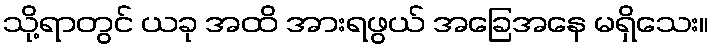
သို့ရာတွင် ယခု အထိ အားရဖွယ် အခြေအနေ မရှိသေး။